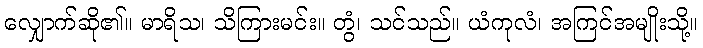
လျှောက်ဆို၏။ မာရိသ၊ သိကြားမင်း။ တွံ၊ သင်သည်။ ယံကုလံ၊ အကြင်အမျိုးသို့။